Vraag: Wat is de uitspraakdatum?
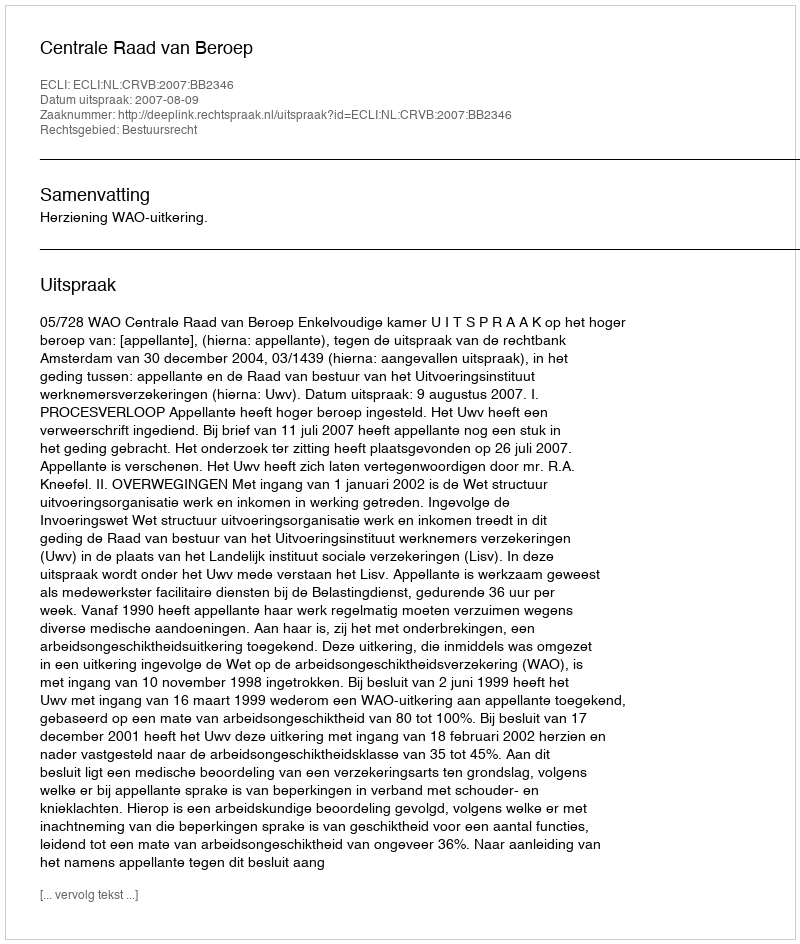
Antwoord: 2007-08-09